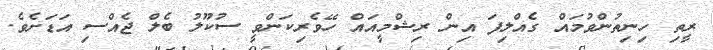
ރީތި ހިނިތުންވުމައް ގެއްލިފަ އިން ރިޝްމީއައް ހޭވެރިކަންވީ ސުކޫލު ބެލް ޖެއްސި އަޑަށެވެ.